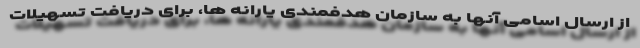
از ارسال اسامی آنها به سازمان هدفمندی یارانه ها، برای دریافت تسهیلات